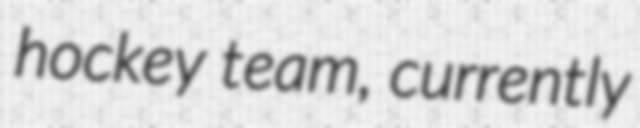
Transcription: hockey team, currently